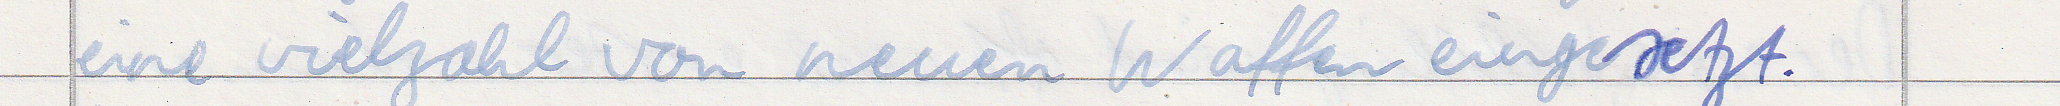
eine vielzahl von neuen Waffen eingesetzt.